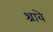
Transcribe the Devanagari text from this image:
श्राबे